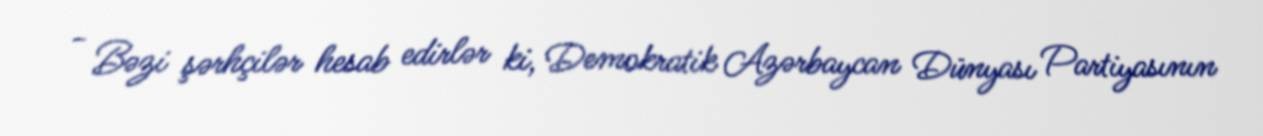
- Bəzi şərhçilər hesab edirlər ki, Demokratik Azərbaycan Dünyası Partiyasının